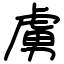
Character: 虜